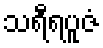
သရီရပူဇံ